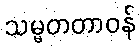
သမ္မတတာဝန်